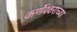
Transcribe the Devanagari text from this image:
कर्णेश्वराच्या